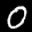
Label: 0